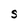
Character: S